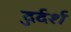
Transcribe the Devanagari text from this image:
दुर्दर्श